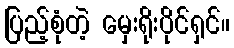
ပြည့်စုံတဲ့ မှေးရိုးပိုင်ရှင်။